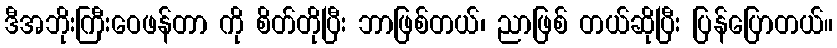
ဒီအဘိုးကြီးဝေဖန်တာ ကို စိတ်တိုပြီး ဘာဖြစ်တယ်၊ ညာဖြစ် တယ်ဆိုပြီး ပြန်ပြောတယ်။